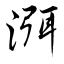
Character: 洱